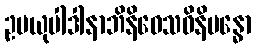
ဥပယုပါဒါနာဘိနိဝေသဝိနိဗန္ဓော